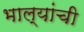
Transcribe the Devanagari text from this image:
भाल्यांची